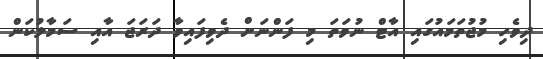
ދިވެހި މުޖުތަމައުގައި އާޓް ނުވަތަ މި ފަންނަށް ދެވިފައިވާ ދަރަޖަ އާއި ސަމާލުކަން